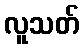
လူသတ်